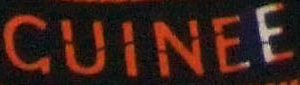
GUINEE